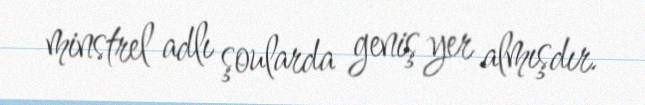
minstrel adlı şoularda geniş yer almışdır.